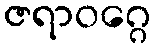
ဇရာဝဂ္ဂေ